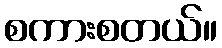
စကားစတယ်။